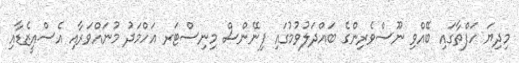
މިދިޔަ ހަފްތާގައި ބޭއްވި ނޫސްވެރިންގެ ބައްދަލުވުމުގައި ފިނޭންސް މިނިސްޓަރ އަހްމަދު މުނައްވަރާއި އެސްއީޒެޑާއި